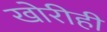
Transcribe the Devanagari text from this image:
खोरीही